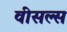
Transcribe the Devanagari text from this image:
वीसल्स